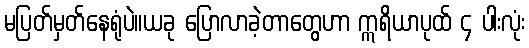
မပြတ်မှတ်နေရုံပဲ။ယခု ပြောလာခဲ့တာတွေဟာ ဣရိယာပုထ် ၄ ပါးလုံး